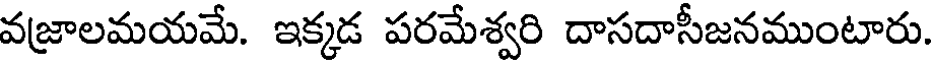
వజ్రాలమయమే. ఇక్కడ పరమేశ్వరి దాసదాసీజనముంటారు.